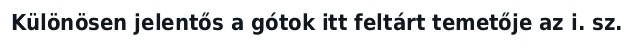
Különösen jelentős a gótok itt feltárt temetője az i. sz.